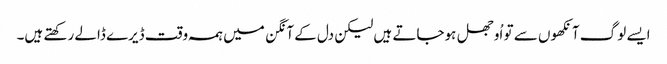
ایسے لوگ آنکھوں سے تو اُوجھل ہوجاتے ہیں لیکن دل کے آنگن میں ہمہ وقت ڈیرے ڈالے رکھتے ہیں۔